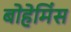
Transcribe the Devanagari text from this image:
बोहेमिंस